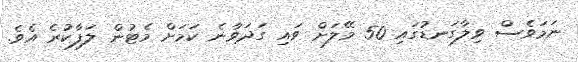
ނަމަވެސް ވިލާގަނޑުގައި 50 މޭލަށް ވައި ގަދަވާނެ ކަމަށް މެޓުން ލަފާކުރެ އެވެ.